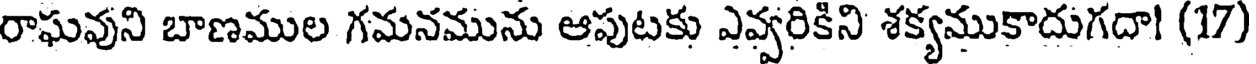
రాఘవుని బాణముల గమనమును ఆపుటకు ఎవ్వరికిని శక్యముకాదుగదా! (17)